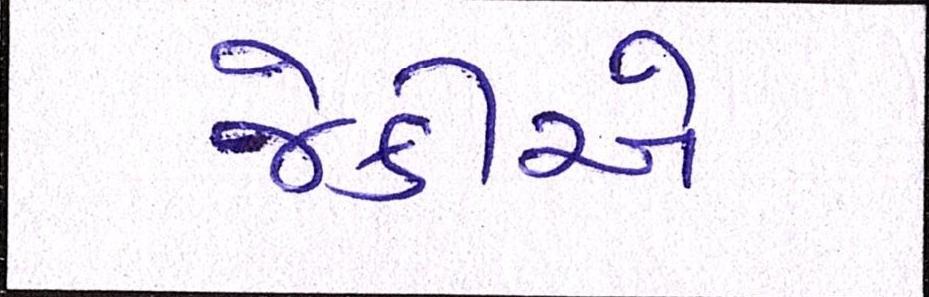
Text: જેકીએ